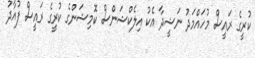
ކުރީގެ ރައީސް މުހައްމަދު ނަޝީދާ އެކު އިލެކްޝަންސް ކޮމިޝަންގެ ކުރީގެ ރައީސް ފުއާދު